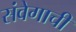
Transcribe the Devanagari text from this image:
संवेगाची